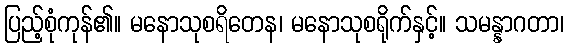
ပြည့်စုံကုန်၏။ မနောသုစရိတေန၊ မနောသုစရိုက်နှင့်။ သမန္နာဂတာ၊